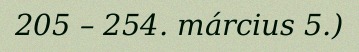
205 – 254. március 5.)